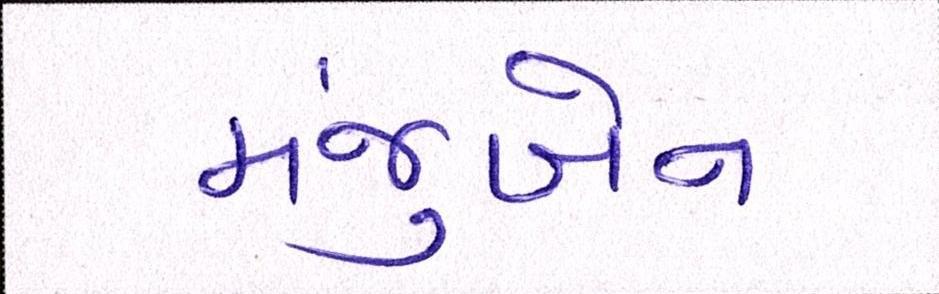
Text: મંજુબેન